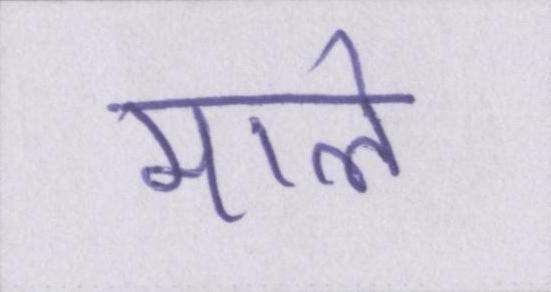
माले